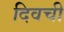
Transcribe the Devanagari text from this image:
दिवची